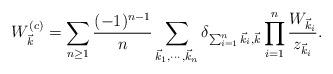
LaTeX: \begin{align*}W_{\vec k}^{(c)} =\sum_{n\ge 1} {(-1)^{n-1} \over n}\sum_{\vec k_1, \cdots, \vec k_n} \delta_{\sum_{i=1}^n \vec k_i, \vec k}\prod_{i=1}^n {W_{\vec k_i} \over z_{\vec k_i}}.\end{align*}